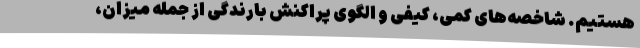
هستیم. شاخصه‌های کمی، کیفی و الگوی ‌پراکنش بارندگی از جمله میزان،